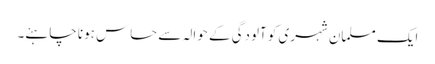
ایک مسلمان شہری کو آلودگی کے حوالہ سے حساس ہونا چاہئے۔